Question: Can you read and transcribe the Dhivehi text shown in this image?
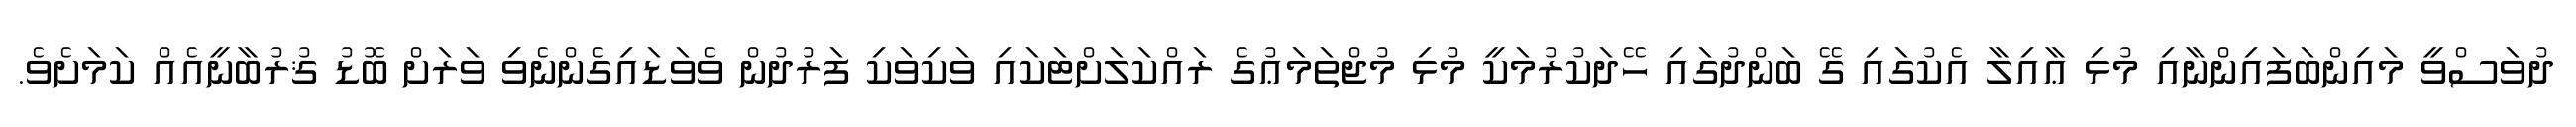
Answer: ދުވަސްވީ މައިންބަފައިންނާއި މުޅި ޢާއިލާ އެކުގައި ގޭ ބަންދުގައި ހޭދަކުރުމަކީ މުޅި މުޖްތަމަޢުގެ ރައްކަލަށްޓަކައި ވަކިވަކި ފަރުދުން ވެވަޑައިގެންނެވި ވަރަށް ބޮޑު ޤުރުބާނީއެއް ކަމަށެވެ.